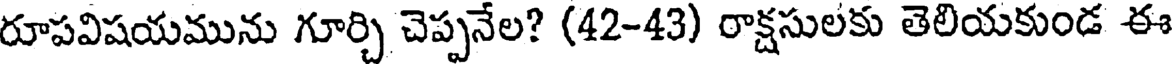
రూపవిషయమును గూర్చి చెప్పనేల? (42-43) రాక్షసులకు తెలియకుండ ఈ